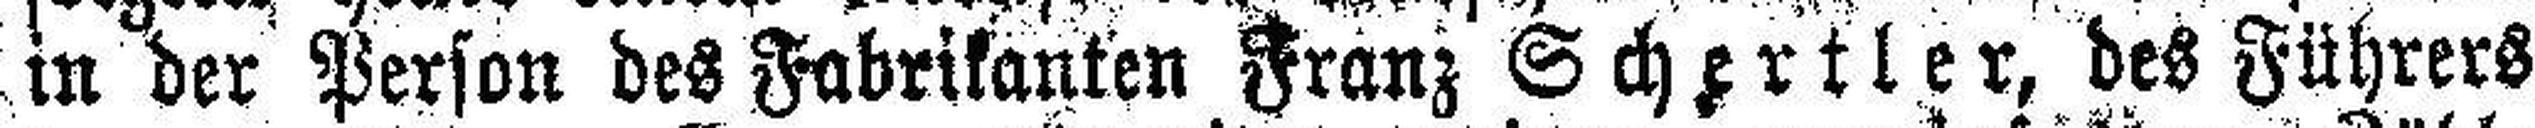
in der Person des Fabrikanten Franz Schertler, des Führers